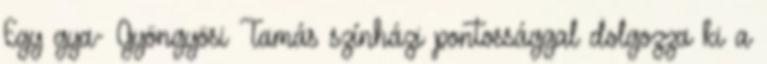
Egy gya- Gyöngyösi Tamás színházi pontossággal dolgozza ki a